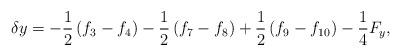
LaTeX: \begin{align*}\delta y = - \frac{1}{2}\left( {{f_3} - {f_4}} \right) - \frac{1}{2}\left( {{f_7} - {f_8}} \right) + \frac{1}{2}\left( {{f_9} - {f_{10}}} \right) - \frac{1}{4}{F_y},\end{align*}